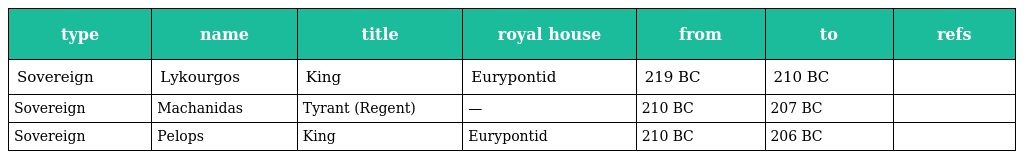
| type | name | title | royal house | from | to | refs |
 | --- | --- | --- | --- | --- | --- | --- |
 | Sovereign | Lykourgos | King | Eurypontid | 219 BC | 210 BC |  |
 | Sovereign | Machanidas | Tyrant (Regent) | — | 210 BC | 207 BC |  |
 | Sovereign | Pelops | King | Eurypontid | 210 BC | 206 BC |  |